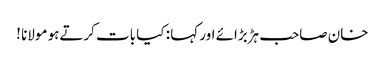
خان صاحب ہڑبڑائے اور کہا : کیا بات کرتےہو مولانا !